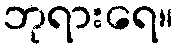
ဘုရားရေ။